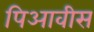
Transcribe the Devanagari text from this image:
पिआवीस